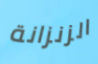
الزنزانة